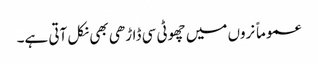
عموماً نروں میں چھوٹی سی ڈاڑھی بھی نکل آتی ہے۔